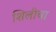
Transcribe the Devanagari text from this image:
शिलीचा